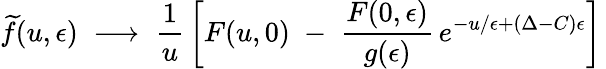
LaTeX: \widetilde{f}(u,\epsilon)\; \longrightarrow\; {\frac{1}{u}}\left[F(u,0)\; -\; {\frac{F(0,\epsilon)}{g(\epsilon)}}\, e^{-u/\epsilon+(\Delta-C)\epsilon}\right]\,